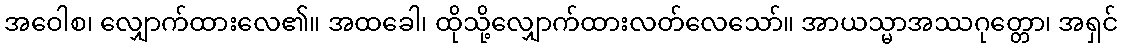
အဝေါစ၊ လျှောက်ထားလေ၏။ အထခေါ၊ ထိုသို့လျှောက်ထားလတ်လေသော်။ အာယသ္မာအဿဂုတ္တော၊ အရှင်